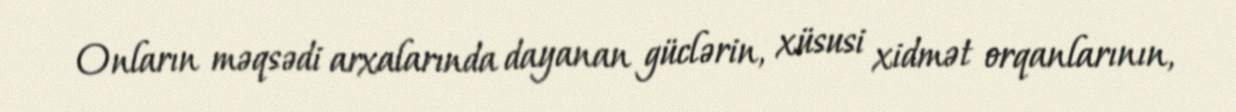
Onların məqsədi arxalarında dayanan güclərin, xüsusi xidmət orqanlarının,